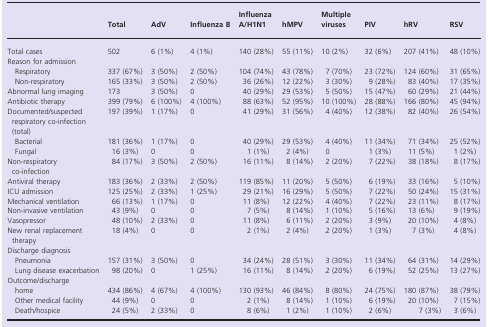
<table><thead><tr><td></td><td><b>Total</b></td><td><b>AdV</b></td><td><b>Influenza B</b></td><td><b>Influenza A/H1N1</b></td><td><b>hMPV</b></td><td><b>Multiple viruses</b></td><td><b>PIV</b></td><td><b>hRV</b></td><td><b>RSV</b></td></tr></thead><tbody><tr><td>Total cases</td><td>502</td><td>6 (1%)</td><td>4 (1%)</td><td>140 (28%)</td><td>55 (11%)</td><td>10 (2%)</td><td>32 (6%)</td><td>207 (41%)</td><td>48 (10%)</td></tr><tr><td colspan="10">Reason for admission</td></tr><tr><td> Respiratory</td><td>337 (67%)</td><td>3 (50%)</td><td>2 (50%)</td><td>104 (74%)</td><td>43 (78%)</td><td>7 (70%)</td><td>23 (72%)</td><td>124 (60%)</td><td>31 (65%)</td></tr><tr><td> Non-respiratory</td><td>165 (33%)</td><td>3 (50%)</td><td>2 (50%)</td><td>36 (26%)</td><td>12 (22%)</td><td>3 (30%)</td><td>9 (28%)</td><td>83 (40%)</td><td>17 (35%)</td></tr><tr><td>Abnormal lung imaging</td><td>173</td><td>3 (50%)</td><td>0</td><td>40 (29%)</td><td>29 (53%)</td><td>5 (50%)</td><td>15 (47%)</td><td>60 (29%)</td><td>21 (44%)</td></tr><tr><td>Antibiotic therapy</td><td>399 (79%)</td><td>6 (100%)</td><td>4 (100%)</td><td>88 (63%)</td><td>52 (95%)</td><td>10 (100%)</td><td>28 (88%)</td><td>166 (80%)</td><td>45 (94%)</td></tr><tr><td>Documented/suspected respiratory co-infection (total)</td><td>197 (39%)</td><td>1 (17%)</td><td>0</td><td>41 (29%)</td><td>31 (56%)</td><td>4 (40%)</td><td>12 (38%)</td><td>82 (40%)</td><td>26 (54%)</td></tr><tr><td> Bacterial</td><td>181 (36%)</td><td>1 (17%)</td><td>0</td><td>40 (29%)</td><td>29 (53%)</td><td>4 (40%)</td><td>11 (34%)</td><td>71 (34%)</td><td>25 (52%)</td></tr><tr><td> Fungal</td><td>16 (3%)</td><td>0</td><td>0</td><td>1 (1%)</td><td>2 (4%)</td><td>0</td><td>1 (3%)</td><td>11 (5%)</td><td>1 (2%)</td></tr><tr><td>Non-respiratory co-infection</td><td>84 (17%)</td><td>3 (50%)</td><td>2 (50%)</td><td>16 (11%)</td><td>8 (14%)</td><td>2 (20%)</td><td>7 (22%)</td><td>38 (18%)</td><td>8 (17%)</td></tr><tr><td>Antiviral therapy</td><td>183 (36%)</td><td>2 (33%)</td><td>2 (50%)</td><td>119 (85%)</td><td>11 (20%)</td><td>5 (50%)</td><td>6 (19%)</td><td>33 (16%)</td><td>5 (10%)</td></tr><tr><td>ICU admission</td><td>125 (25%)</td><td>2 (33%)</td><td>1 (25%)</td><td>29 (21%)</td><td>16 (29%)</td><td>5 (50%)</td><td>7 (22%)</td><td>50 (24%)</td><td>15 (31%)</td></tr><tr><td>Mechanical ventilation</td><td>66 (13%)</td><td>1 (17%)</td><td>0</td><td>11 (8%)</td><td>12 (22%)</td><td>4 (40%)</td><td>7 (22%)</td><td>23 (11%)</td><td>8 (17%)</td></tr><tr><td>Non-invasive ventilation</td><td>43 (9%)</td><td>0</td><td>0</td><td>7 (5%)</td><td>8 (14%)</td><td>1 (10%)</td><td>5 (16%)</td><td>13 (6%)</td><td>9 (19%)</td></tr><tr><td>Vasopressor</td><td>48 (10%)</td><td>2 (33%)</td><td>0</td><td>11 (8%)</td><td>6 (11%)</td><td>2 (20%)</td><td>3 (9%)</td><td>20 (10%)</td><td>4 (8%)</td></tr><tr><td>New renal replacement therapy</td><td>18 (4%)</td><td>0</td><td>0</td><td>2 (1%)</td><td>2 (4%)</td><td>2 (20%)</td><td>1 (3%)</td><td>7 (3%)</td><td>4 (8%)</td></tr><tr><td colspan="10">Discharge diagnosis</td></tr><tr><td> Pneumonia</td><td>157 (31%)</td><td>3 (50%)</td><td>0</td><td>34 (24%)</td><td>28 (51%)</td><td>3 (30%)</td><td>11 (34%)</td><td>64 (31%)</td><td>14 (29%)</td></tr><tr><td> Lung disease exacerbation</td><td>98 (20%)</td><td>0</td><td>1 (25%)</td><td>16 (11%)</td><td>8 (14%)</td><td>2 (20%)</td><td>6 (19%)</td><td>52 (25%)</td><td>13 (27%)</td></tr><tr><td colspan="10">Outcome/discharge</td></tr><tr><td> home</td><td>434 (86%)</td><td>4 (67%)</td><td>4 (100%)</td><td>130 (93%)</td><td>46 (84%)</td><td>8 (80%)</td><td>24 (75%)</td><td>180 (87%)</td><td>38 (79%)</td></tr><tr><td> Other medical facility</td><td>44 (9%)</td><td>0</td><td>0</td><td>2 (1%)</td><td>8 (14%)</td><td>1 (10%)</td><td>6 (19%)</td><td>20 (10%)</td><td>7 (15%)</td></tr><tr><td> Death/hospice</td><td>24 (5%)</td><td>2 (33%)</td><td>0</td><td>8 (6%)</td><td>1 (2%)</td><td>1 (10%)</td><td>2 (6%)</td><td>7 (3%)</td><td>3 (6%)</td></tr></tbody></table>